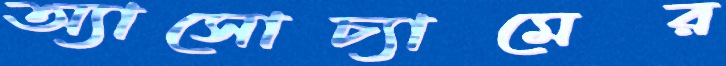
অ্যাসোচ্যামের